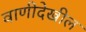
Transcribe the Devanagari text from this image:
वाणीदेखील